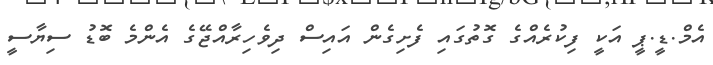
އެމް.ޑީ.ޕީ އަކީ ފިކުރެއްގެ ގޮތުގައި ފެށިގެން އައިސް ދިވެހިރާއްޖޭގެ އެންމެ ބޮޑު ސިޔާސީ